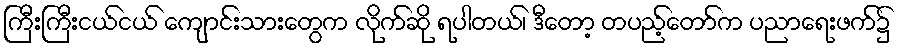
ကြီးကြီးငယ်ငယ် ကျောင်းသားတွေက လိုက်ဆို ရပါတယ်၊ ဒီတော့ တပည့်တော်က ပညာရေးဖက်၌